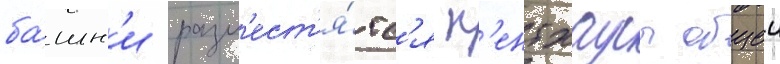
ба́шн'и разм'ест'я́тс'я п'ентхаусы общеи